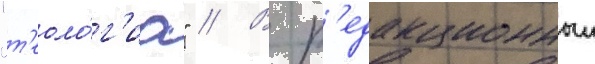
"т'еоло́г'иа" // В р'едакционныи